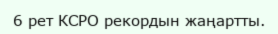
6 рет КСРО рекордын жаңартты.